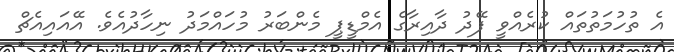
އެ ތުހުމަތުތައް ކުރެއްވީ ފޭދު ދާއިރާގެ އެމްޑީޕީ މެންބަރު މުހައްމަދު ނިހާދުއެވެ. އޭއައިއެޗް